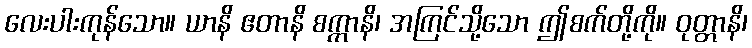
လေးပါးကုန်သော။ ယာနိ ဧတာနိ စက္ကာနိ၊ အကြင်သို့သော ဤစက်တို့ကို။ ဝုတ္တာနိ၊